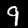
Digit: 9